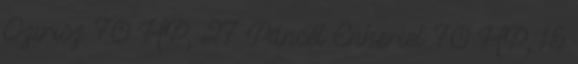
Ozirisz: 70 HP, 27 Páncél Enheriel: 70 HP, 15